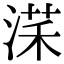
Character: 㴕